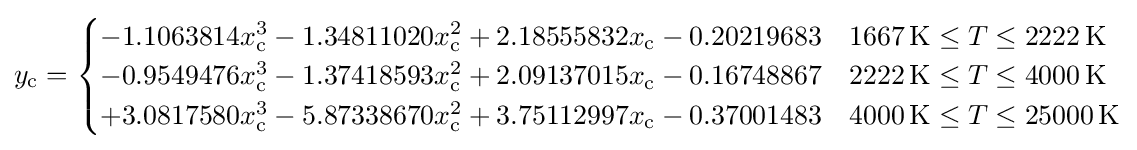
y_{\text{c}}={\begin{cases}-1.1063814x_{\text{c}}^{3}-1.34811020x_{\text{c}}^{2}+2.18555832x_{\text{c}}-0.20219683&1667\,{\text{K}}\leq T\leq 2222\,{\text{K}}\\-0.9549476x_{\text{c}}^{3}-1.37418593x_{\text{c}}^{2}+2.09137015x_{\text{c}}-0.16748867&2222\,{\text{K}}\leq T\leq 4000\,{\text{K}}\\+3.0817580x_{\text{c}}^{3}-5.87338670x_{\text{c}}^{2}+3.75112997x_{\text{c}}-0.37001483&4000\,{\text{K}}\leq T\leq 25000\,{\text{K}}\end{cases}}